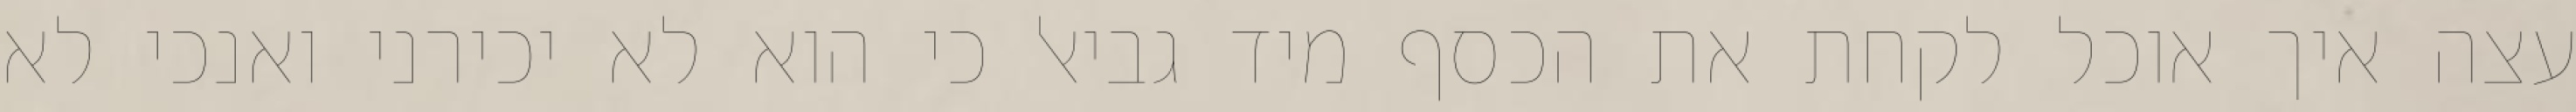
עצה איך אוכל לקחת את הכסף מיד גביאל כי הוא לא יכירני ואנכי לא